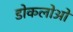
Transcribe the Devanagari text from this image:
डोकलोओ